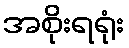
အစိုးရရုံး